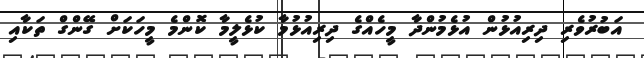
އަބުރުވެރި ދިރިއުޅުން އުޅެމުންދާ މީހެއްގެ ދިރިއުޅުމާ ކުޅެލީމާ ކޮންމެ މީހަކަށް ގޭންގް ތަކާއި